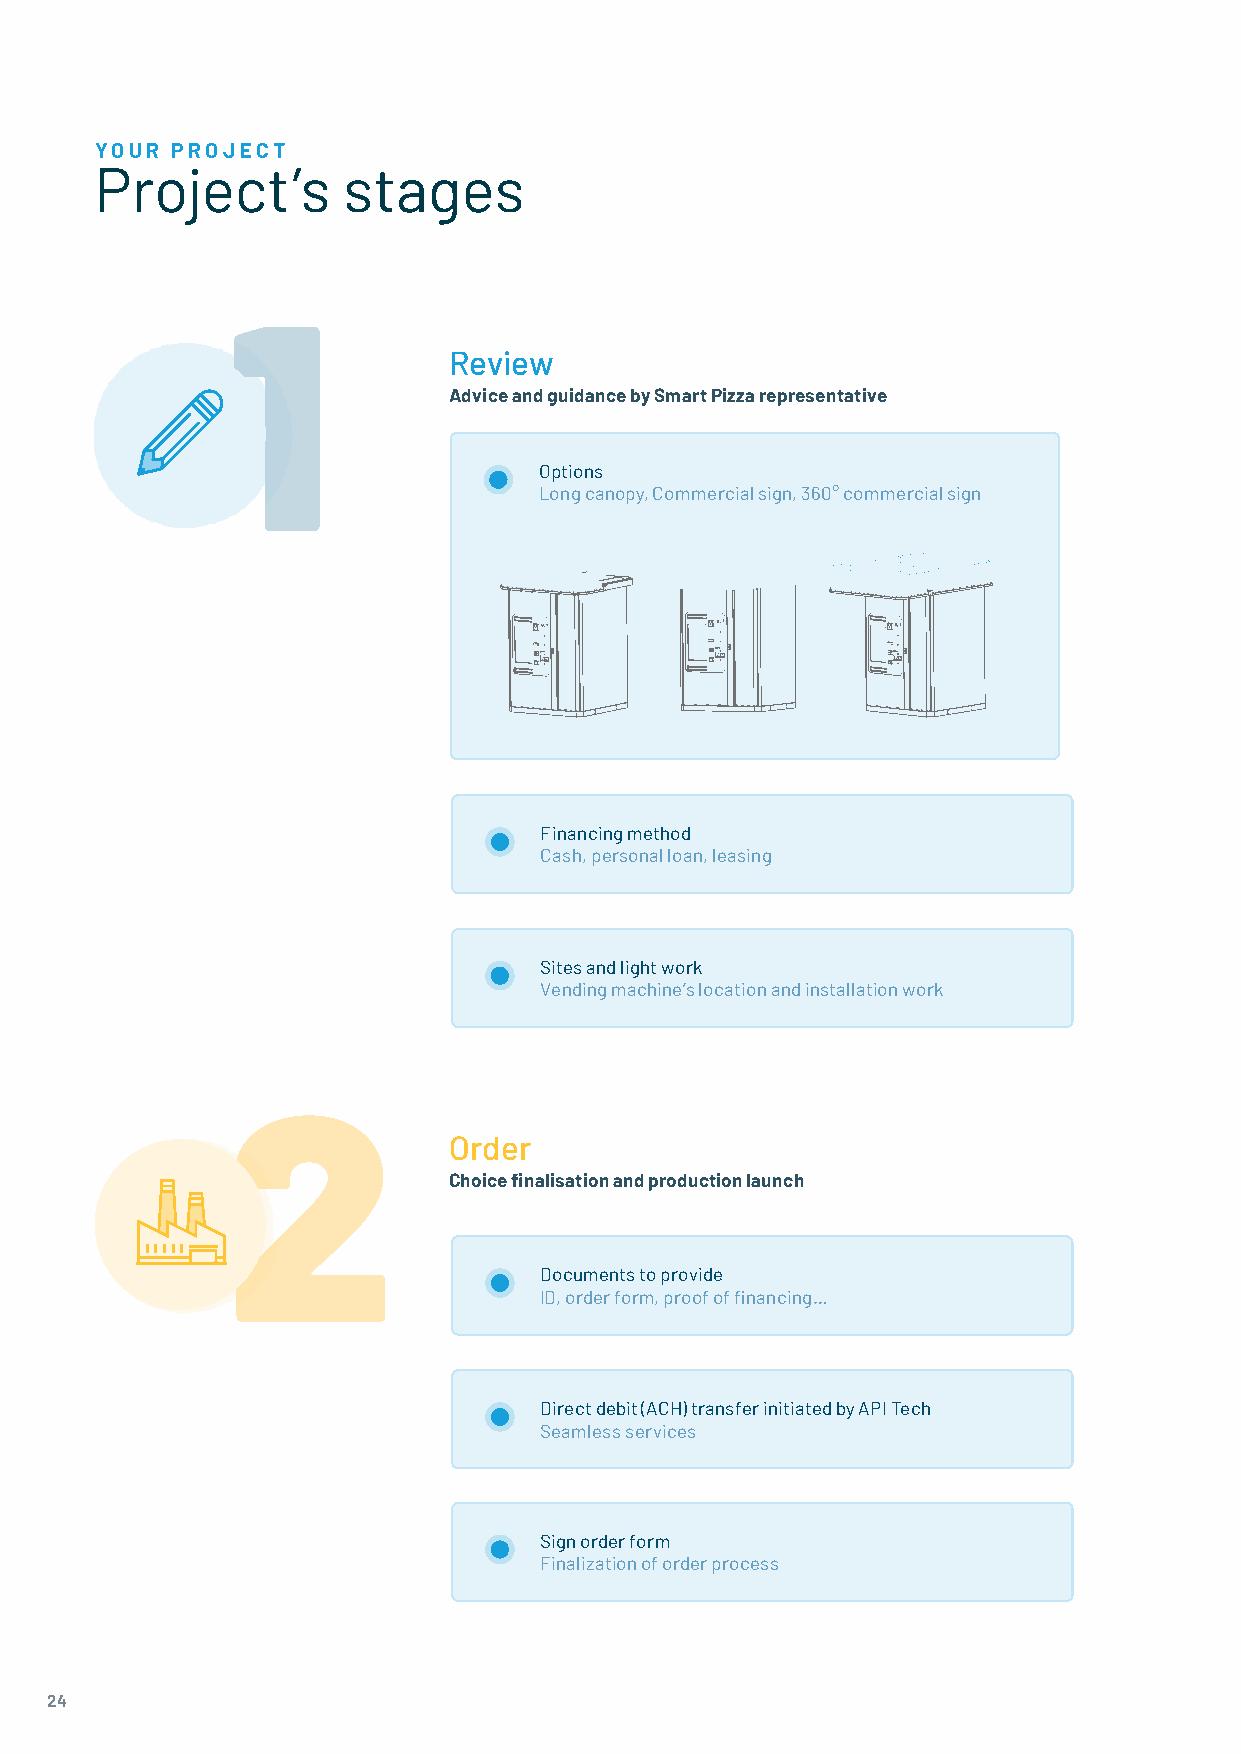
YOUR PROJECT
 Project’s        stages
 1
 Review
 Advice and guidance by Smart Pizza representative
 Options
 Long canopy, Commercial sign, 360° commercial sign
 Financing method
 Cash, personal loan, leasing
 Sites and light work
 Vending machine’s location and installation work
 2
 Order
 Choice finalisation and production launch
 Documents to provide
 ID, order form, proof of financing…
 Direct debit (ACH) transfer initiated by API Tech
 Seamless services
 Sign order form
 Finalization of order process
 24